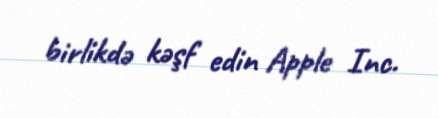
birlikdə kəşf edin Apple Inc.